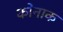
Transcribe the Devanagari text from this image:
कोनाक